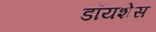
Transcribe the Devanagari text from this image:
डॉयशेस